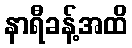
နာရီခန့်အထိ